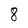
Character: 8